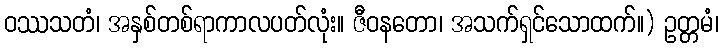
ဝဿသတံ၊ အနှစ်တစ်ရာကာလပတ်လုံး။ ဇီဝနတော၊ အသက်ရှင်သောထက်။) ဥတ္တမံ၊